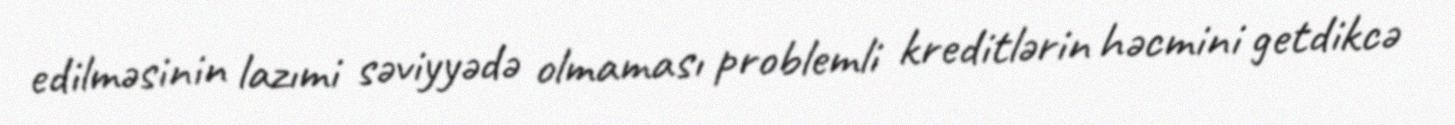
edilməsinin lazımi səviyyədə olmaması problemli kreditlərin həcmini getdikcə